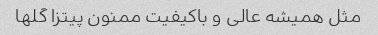
مثل همیشه عالی و باکیفیت ممنون پیتزا گلها